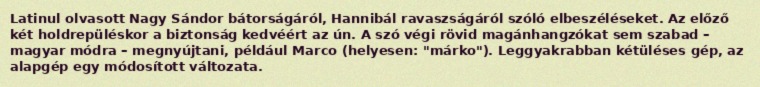
Latinul olvasott Nagy Sándor bátorságáról, Hannibál ravaszságáról szóló elbeszéléseket. Az előző két holdrepüléskor a biztonság kedvéért az ún. A szó végi rövid magánhangzókat sem szabad – magyar módra – megnyújtani, például Marco (helyesen: "márko"). Leggyakrabban kétüléses gép, az alapgép egy módosított változata.